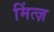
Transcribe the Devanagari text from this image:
मिंत्ज़